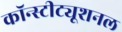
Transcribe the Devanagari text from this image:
कॉन्स्टीट्यूशनल